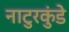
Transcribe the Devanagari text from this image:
नाटुरकुंडे